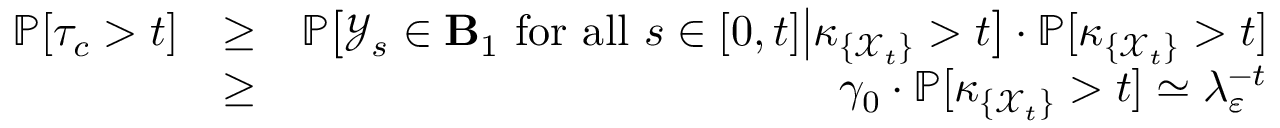
\begin{array} { r l r } { \mathbb { P } [ \tau _ { c } > t ] } & { \ge } & { \mathbb { P } \big [ { \mathcal Y } _ { s } \in \mathbf B _ { 1 } \ \mathrm { f o r ~ a l l } \ s \in [ 0 , t ] \big | \kappa _ { \{ { \mathcal X } _ { t } \} } > t \big ] \cdot \mathbb { P } [ \kappa _ { \{ { \mathcal X } _ { t } \} } > t ] } \\ & { \ge } & { \gamma _ { 0 } \cdot \mathbb { P } [ \kappa _ { \{ { \mathcal X } _ { t } \} } > t ] \simeq \lambda _ { \varepsilon } ^ { - t } } \end{array}